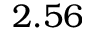
2 . 5 6